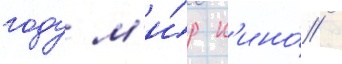
году м'и́р к'ино́ /